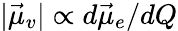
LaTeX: |\vec{\mu}_{v}|\propto d\vec{\mu}_{e}/dQ